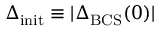
\Delta _ { \mathrm { i n i t } } \equiv | \Delta _ { \mathrm { B C S } } ( 0 ) |